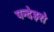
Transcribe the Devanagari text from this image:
पन्देइरो